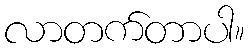
လာတက်တာပါ။